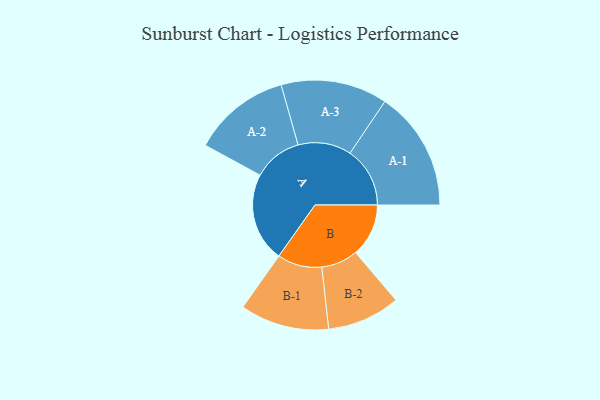
{"axis": {"x": "Segment", "y": "Value"}, "legend": ["", "A", "B"], "data": [{"x": "A", "y": 388, "type": ""}, {"x": "B", "y": 231, "type": ""}, {"x": "A-1", "y": 261, "type": "A"}, {"x": "A-2", "y": 213, "type": "A"}, {"x": "A-3", "y": 232, "type": "A"}, {"x": "B-1", "y": 194, "type": "B"}, {"x": "B-2", "y": 159, "type": "B"}]}